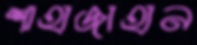
শাহাজাহান